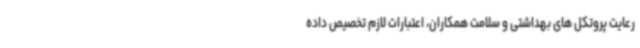
رعایت پروتکل های بهداشتی و سلامت همکاران، اعتبارات لازم تخصیص داده